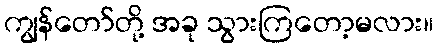
ကျွန်တော်တို့ အခု သွားကြတော့မလား။